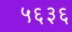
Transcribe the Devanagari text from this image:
५६३६